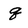
Character: q